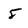
Character: 5